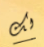
لك